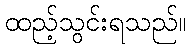
ထည့်သွင်းရသည်။